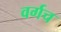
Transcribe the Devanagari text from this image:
वर्गच